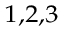
^ { 1 , 2 , 3 }